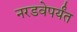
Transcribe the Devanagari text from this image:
नरडवेपर्यंत